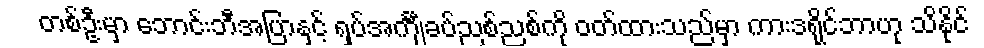
တစ်ဦးမှာ ဘောင်းဘီအပြာနှင့် ရှပ်အင်္ကျီခပ်ညစ်ညစ်ကို ဝတ်ထားသည်မှာ ကားဒရိုင်ဘာဟု သိနိုင်